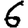
Digit: 6